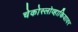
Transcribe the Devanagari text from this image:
चेकोस्लोव्हाकियावर